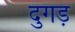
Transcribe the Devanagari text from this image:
दुगड़